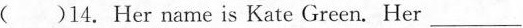
( )14. Her name is Kate Green. Her ___